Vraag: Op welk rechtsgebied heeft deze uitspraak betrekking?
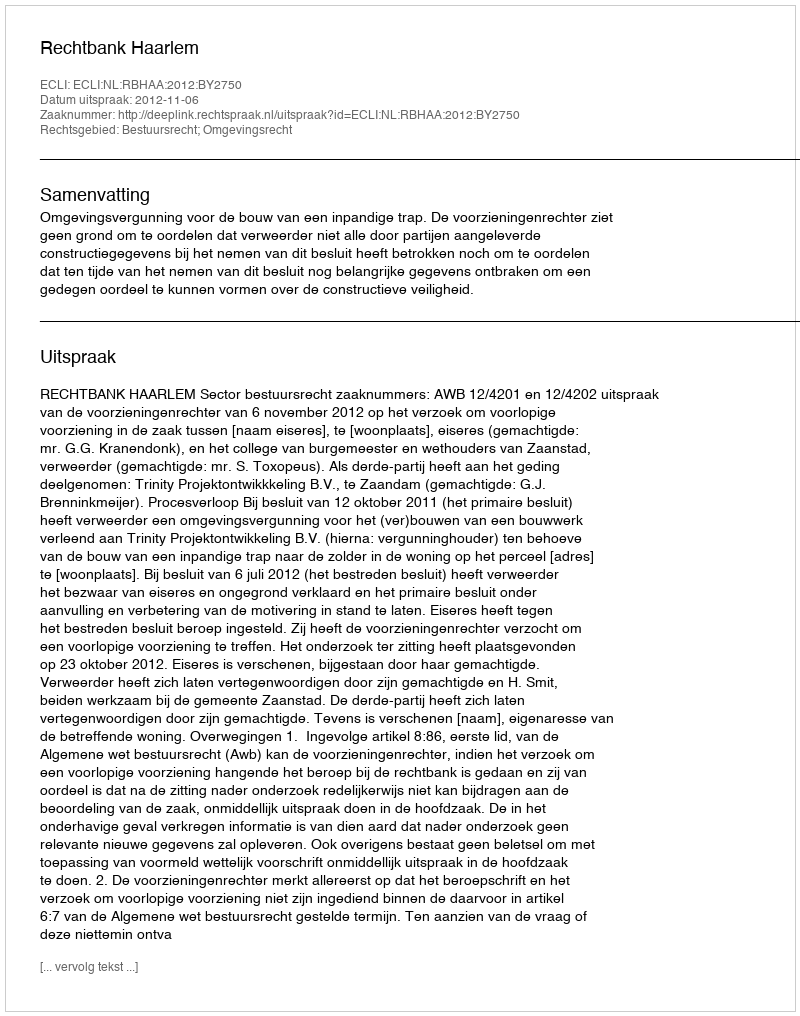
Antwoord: Bestuursrecht; Omgevingsrecht